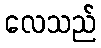
လေသည်